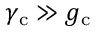
\gamma _ { \mathrm { c } } \gg g _ { \mathrm { c } }